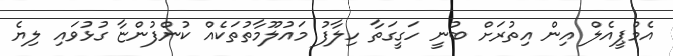
އެމްޕީއެލް އިން އިތުރަށް ބުނީ ހަގީގަތާ ހިލާފު މައުލޫމާތުތަކެއް ކުންފުންޏާ ގުޅުވައި ލިޔެ